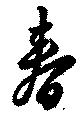
春